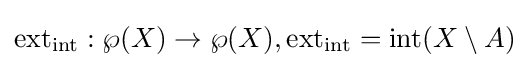
\operatorname {ext} _{\operatorname {int} }:\wp (X)\to \wp (X),\operatorname {ext} _{\operatorname {int} }=\operatorname {int} (X\setminus A)